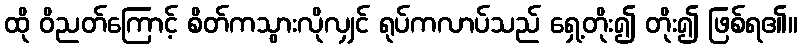
ထို ဝိညတ်ကြောင့် စိတ်ကသွားလိုလျှင် ရုပ်ကလာပ်သည် ရှေ့တိုး၍ တိုး၍ ဖြစ်ရ၏။